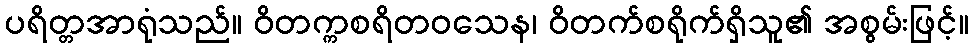
ပရိတ္တအာရုံသည်။ ဝိတက္ကစရိတဝသေန၊ ဝိတက်စရိုက်ရှိသူ၏ အစွမ်းဖြင့်။